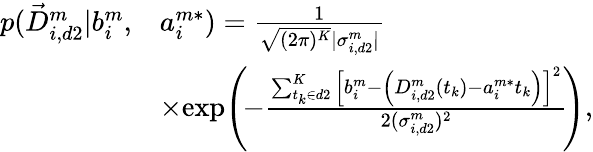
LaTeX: \begin{array}{rl}{p(\vec{D}_{i,d2}^{m}|b_{i}^{m},}&{a_{i}^{m*})=\frac{1}{\sqrt{(2\pi)^{K}}|\sigma_{i,d2}^{m}|}}\\ &{\times\! \exp\! \left(\! -\frac{\sum_{t_{k}\in d2}^{K}\left[b_{i}^{m}-\left(D_{i,d2}^{m}(t_{k})-a_{i}^{m*}t_{k}\right)\right]^{2}}{2(\sigma_{i,d2}^{m})^{2}}\! \right),}\end{array}